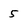
Character: 5